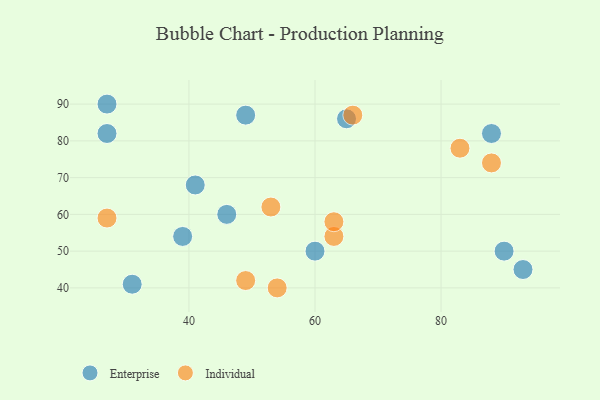
{"axis": {"x": "GDP", "y": "Life Expectancy"}, "legend": ["Enterprise", "Individual"], "data": [{"x": "27", "y": 82, "type": "Enterprise"}, {"x": "39", "y": 54, "type": "Enterprise"}, {"x": "27", "y": 90, "type": "Enterprise"}, {"x": "88", "y": 82, "type": "Enterprise"}, {"x": "31", "y": 41, "type": "Enterprise"}, {"x": "49", "y": 87, "type": "Enterprise"}, {"x": "93", "y": 45, "type": "Enterprise"}, {"x": "41", "y": 68, "type": "Enterprise"}, {"x": "46", "y": 60, "type": "Enterprise"}, {"x": "90", "y": 50, "type": "Enterprise"}, {"x": "65", "y": 86, "type": "Enterprise"}, {"x": "60", "y": 50, "type": "Enterprise"}, {"x": "27", "y": 59, "type": "Individual"}, {"x": "83", "y": 78, "type": "Individual"}, {"x": "53", "y": 62, "type": "Individual"}, {"x": "49", "y": 42, "type": "Individual"}, {"x": "63", "y": 54, "type": "Individual"}, {"x": "88", "y": 74, "type": "Individual"}, {"x": "63", "y": 58, "type": "Individual"}, {"x": "66", "y": 87, "type": "Individual"}, {"x": "54", "y": 40, "type": "Individual"}]}